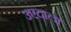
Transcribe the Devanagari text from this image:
उएदाला